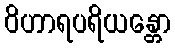
ဝိဟာရပရိယန္တော